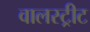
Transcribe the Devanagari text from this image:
वालस्ट्रीट